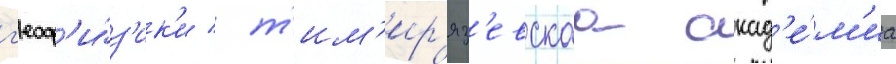
г'еоф'и́з'ик'и / т'им'ир'яз'евскаа акад'е́м'иа